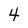
Character: 4